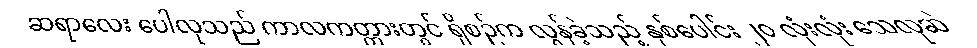
ဆရာလေး ပေါလုသည် ကာလကတ္တားတွင် ရှိစဉ်က လွန်ခဲ့သည့် နှစ်ပေါင်း ၂၀ လုံးလုံး သေလုဆဲ